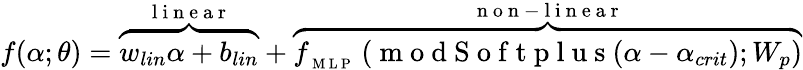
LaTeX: f(\alpha;\theta)=\overbrace{w_{lin}\alpha+b_{lin}}^{\mathrm{~l~i~n~e~a~r~}}+\overbrace{f_{_\mathrm{~M~L~P~}}\left(\mathrm{~m~o~d~S~o~f~t~p~l~u~s~}(\alpha-\alpha_{crit}\right);W_{p})}^{\mathrm{~n~o~n~-~l~i~n~e~a~r~}}